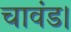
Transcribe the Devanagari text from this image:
चावंड।